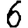
Digit: 6